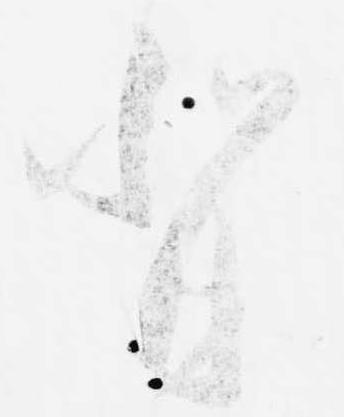
背